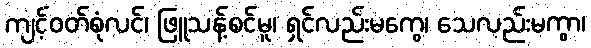
ကျင့်ဝတ်စုံလင်၊ ဖြူသန့်စင်မူ၊ ရှင်လည်းမကွေ၊ သေလည်းမကွာ၊